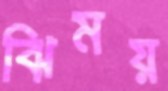
ঝিময়